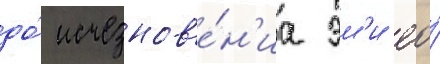
до́ исчезнов'е́н'иа эм'и ео́